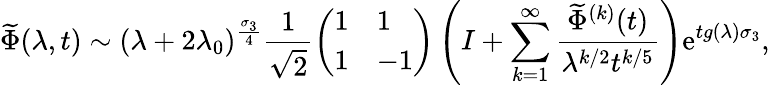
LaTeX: \widetilde{\Phi}(\lambda,t)\sim(\lambda+2\lambda_{0})^{\frac{\sigma_{3}}{4}}\frac{1}{\sqrt{2}}\left(\begin{array}{ll}{1}&{1}\\ {1}&{-1}\end{array}\right)\left(I+\sum_{k=1}^{\infty}\frac{\widetilde{\Phi}^{(k)}(t)}{\lambda^{k/2}t^{k/5}}\right)\mathrm{e}^{tg(\lambda)\sigma_{3}},